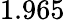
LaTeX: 1.965